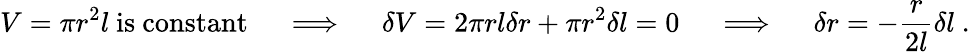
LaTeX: V=\pi r^{2}l{\mathrm{~is~constant}}\quad\implies\quad\delta V=2\pi rl\delta r+\pi r^{2}\delta l=0\quad\implies\quad\delta r=-{\frac{r}{2l}}\delta l~.